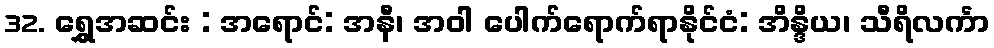
32. ရွှေအဆင်း : အရောင်: အနီ၊ အဝါ ပေါက်ရောက်ရာနိုင်ငံ: အိန္ဒိယ၊ သီရိလင်္ကာ